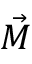
\vec { M }